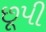
છૂપી